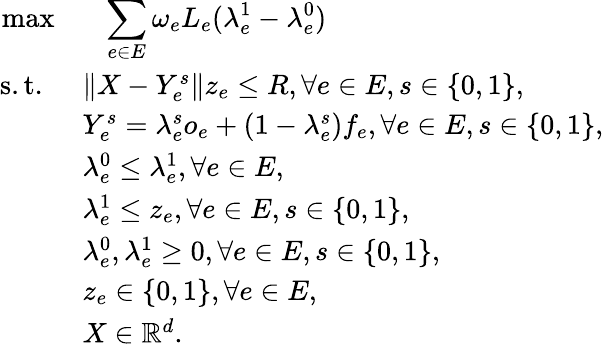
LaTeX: \begin{array}{rl}{\operatorname*{max}}&{\; \; \; \displaystyle\sum_{e\in E}\omega_{e}L_{e}(\lambda_{e}^{1}-\lambda_{e}^{0})}\\ {\mathrm{s.t.~}}&{\| X-Y_{e}^{s}\| z_{e}\leq R,\forall e\in E,s\in\{ 0,1\} ,}\\ &{Y_{e}^{s}=\lambda_{e}^{s}o_{e}+(1-\lambda_{e}^{s})f_{e},\forall e\in E,s\in\{ 0,1\} ,}\\ &{\lambda_{e}^{0}\leq\lambda_{e}^{1},\forall e\in E,}\\ &{\lambda_{e}^{1}\leq z_{e},\forall e\in E,s\in\{ 0,1\} ,}\\ &{\lambda_{e}^{0},\lambda_{e}^{1}\geq 0,\forall e\in E,s\in\{ 0,1\} ,}\\ &{z_{e}\in\{ 0,1\} ,\forall e\in E,}\\ &{X\in\mathbb{R}^{d}.}\end{array}